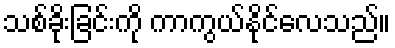
သစ်ခိုးခြင်းကို ကာကွယ်နိုင်လေသည်။